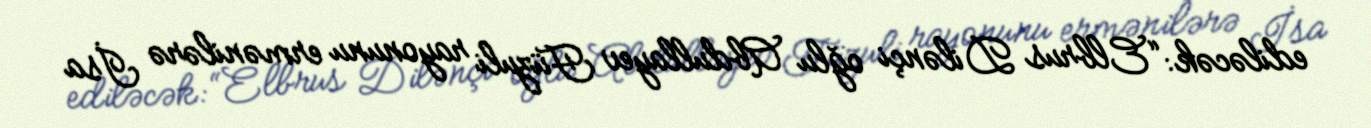
ediləcək: “Elbrus Dilənçi oğlu Abdullayev Füzuli rayonunu ermənilərə İsa